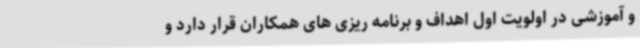
و آموزشی در اولویت اول اهداف و برنامه ریزی های همکاران قرار دارد و